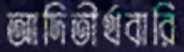
আদিতীর্থবারি